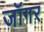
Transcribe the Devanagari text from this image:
जॉगर